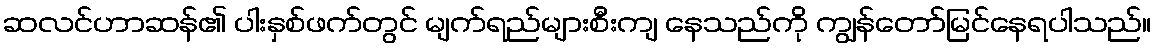
ဆလင်ဟာဆန်၏ ပါးနှစ်ဖက်တွင် မျက်ရည်များစီးကျ နေသည်ကို ကျွန်တော်မြင်နေရပါသည်။